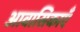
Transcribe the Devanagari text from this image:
आवासिकाएँ